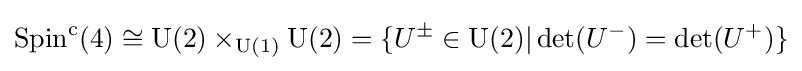
\operatorname {Spin} ^{\mathrm {c} }(4)\cong \operatorname {U} (2)\times _{\operatorname {U} (1)}\operatorname {U} (2)=\{U^{\pm }\in \operatorname {U} (2)|\det(U^{-})=\det(U^{+})\}